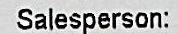
SALESPERSON: